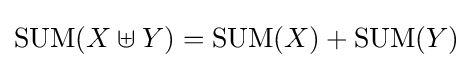
\operatorname {SUM} (X\uplus Y)=\operatorname {SUM} (X)+\operatorname {SUM} (Y)